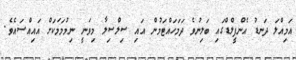
އަމިއްލަ ދަނޑު އެންފީލްޑްގައި ބަލިނުވެ ދަމަހައްޓަމުން އައި ސިލްސިލާ މިވަނީ ނިމުމަމަކަށް އައިއްސައެވެ.